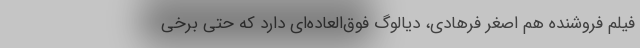
فیلم فروشنده هم اصغر فرهادی، دیالوگ فوق‌العاده‌ای دارد که حتی برخی